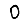
Digit: 0